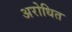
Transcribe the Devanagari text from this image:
अरोधित